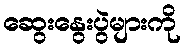
ဆွေးနွေးပွဲများကို